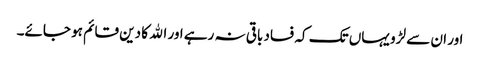
اور ان سے لڑو یہاں تک کہ فساد باقی نہ رہے اور الله کا دین قائم ہو جائے۔